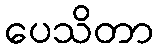
ပေသိတာ